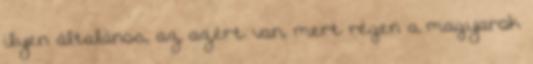
ilyen általános, az azért van, mert régen a magyarok